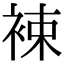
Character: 𧚏